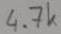
Text: 4.7k